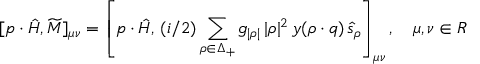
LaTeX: [ p \cdot \hat { H } , \widetilde { M } ] _ { \mu \nu } = \left[ p \cdot \hat { H } , \, { ( i / 2 ) } \sum _ { \rho \in \Delta _ { + } } g _ { | \rho | } \, { | \rho | ^ { 2 } } \, y ( \rho \cdot q ) \, \hat { s } _ { \rho } \right] _ { \mu \nu } , \quad \mu , \nu \in { \cal R }